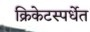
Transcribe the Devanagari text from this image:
क्रिकेटस्पर्धेत